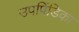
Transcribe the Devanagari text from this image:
उपपिंडिका